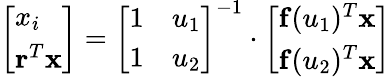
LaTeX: \left[\begin{array}{l}{x_{i}}\\ {\mathbf{r}^{T}\mathbf{x}}\end{array}\right]=\left[\begin{array}{ll}{1}&{u_{1}}\\ {1}&{u_{2}}\end{array}\right]^{-1}\cdot\left[\begin{array}{l}{\mathbf{f}(u_{1})^{T}\mathbf{x}}\\ {\mathbf{f}(u_{2})^{T}\mathbf{x}}\end{array}\right]